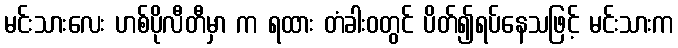
မင်းသားလေး ဟစ်ပိုလီတီမှာ က ရထား တံခါးဝတွင် ပိတ်၍ရပ်နေသဖြင့် မင်းသားက